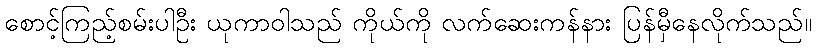
စောင့်ကြည့်စမ်းပါဦး ယုကာဝါသည် ကိုယ်ကို လက်ဆေးကန်နား ပြန်မှီနေလိုက်သည်။